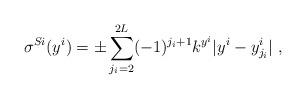
LaTeX: \begin{align*}\sigma^{Si} (y^i) = \pm \sum_{j_i=2}^{2 L } (-1)^{j_i+1} k^{y^i} |y^i-y^i_{j_i}| ~,~\,\end{align*}